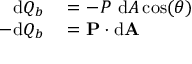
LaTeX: \begin{array} { r l } { \mathrm { d } Q _ { b } } & { { } = - P \ \mathrm { d } A \cos ( \theta ) } \\ { - \mathrm { d } Q _ { b } } & { { } = \mathbf { P } \cdot \mathrm { d } \mathbf { A } } \end{array}